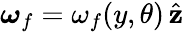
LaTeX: \boldsymbol{\omega}_{f}={\omega}_{f}(y,\theta)\, \hat{\mathbf z}